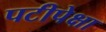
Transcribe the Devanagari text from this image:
पटीपेक्षा